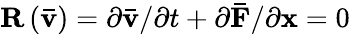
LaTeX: {\mathbf{R}}\left({{\mathbf{\bar{v}}}}\right)=\partial{\mathbf{\bar{v}}}/\partial t+\partial{\mathbf{\bar{F}}}/\partial{\mathbf{x}}=0